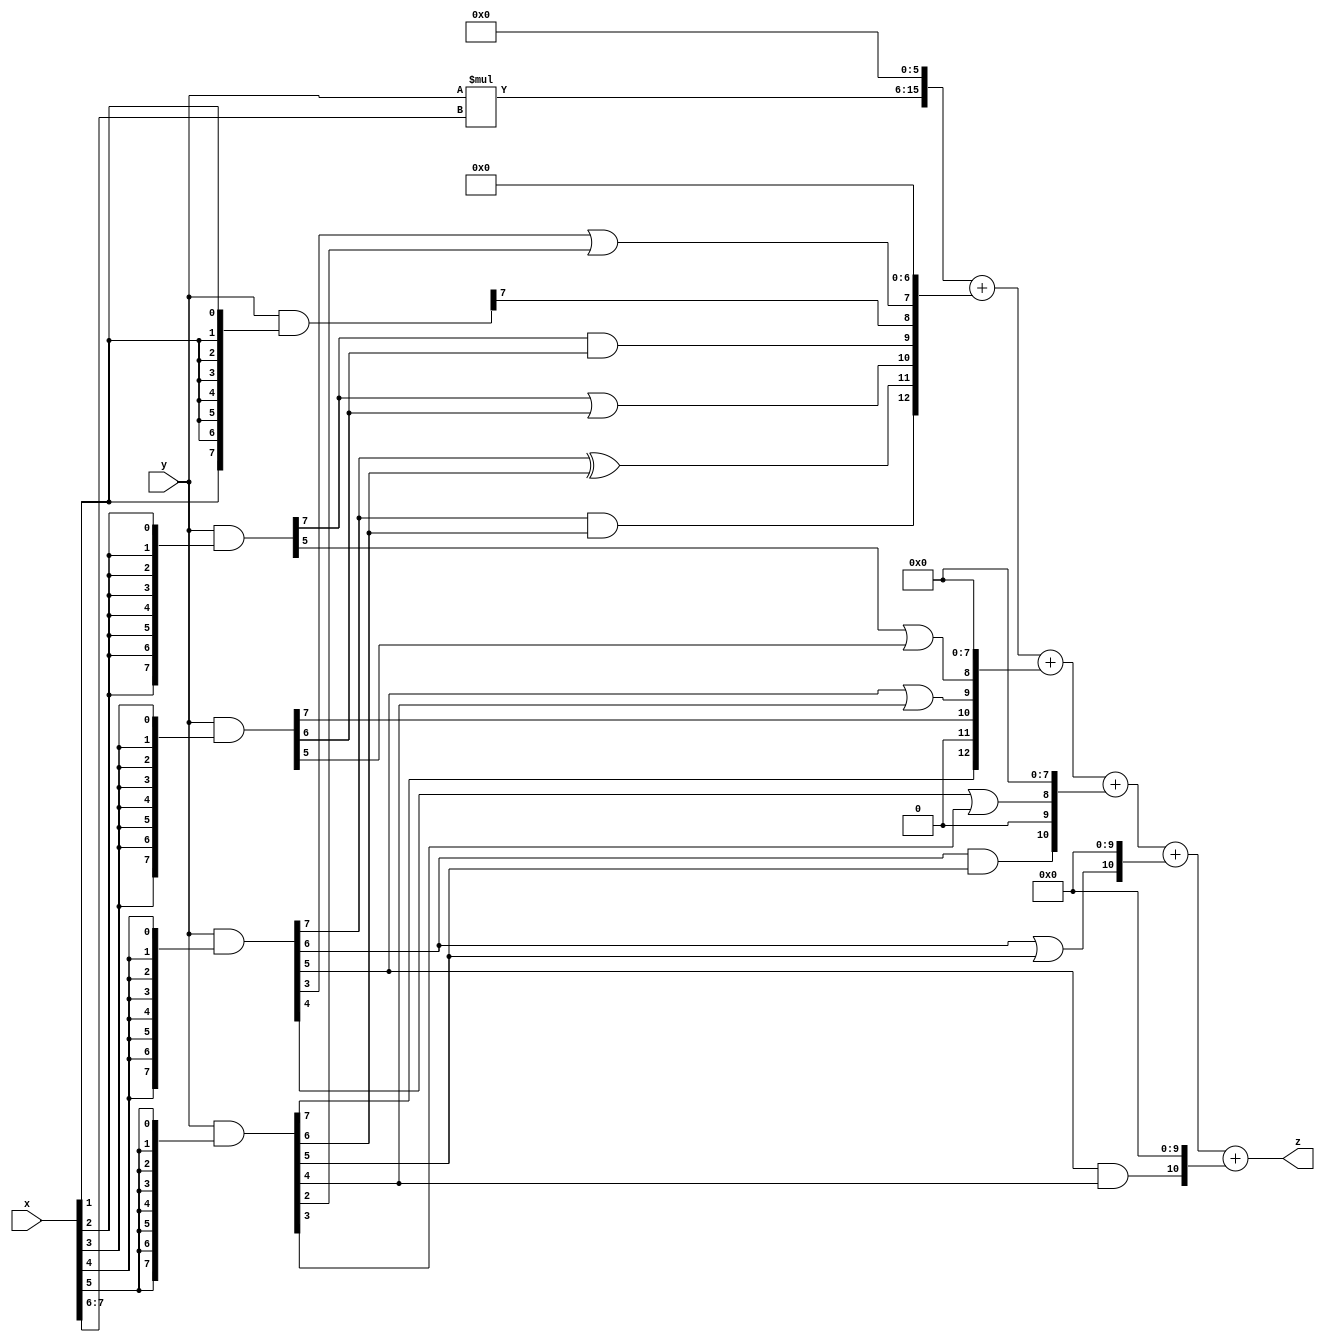
// terms: 14
// fval:  369162.25

module unsigned_exchange_8x8_l6_lamb20000_8 (
	input [7:0] x,
	input [7:0] y,
	output [15:0] z
);

wire [7:0] part1 =  y & {8{x[0]}};
wire [7:0] part2 =  y & {8{x[1]}};
wire [7:0] part3 =  y & {8{x[2]}};
wire [7:0] part4 =  y & {8{x[3]}};
wire [7:0] part5 =  y & {8{x[4]}};
wire [7:0] part6 =  y & {8{x[5]}};
wire [7:0] part7 =  y & {8{x[6]}};
wire [7:0] part8 =  y & {8{x[7]}};

wire [12:0] new_part1;
assign new_part1[0] = 0;
assign new_part1[1] = 0;
assign new_part1[2] = 0;
assign new_part1[3] = 0;
assign new_part1[4] = 0;
assign new_part1[5] = 0;
assign new_part1[6] = 0;
assign new_part1[7] = part5[3] | part6[2];
assign new_part1[8] = part2[7];
assign new_part1[9] = part3[7] & part4[6];
assign new_part1[10] = part3[7] | part4[6];
assign new_part1[11] = part5[7] ^ part6[6];
assign new_part1[12] = part5[7] & part6[6];

wire [12:0] new_part2;
assign new_part2[0] = 0;
assign new_part2[1] = 0;
assign new_part2[2] = 0;
assign new_part2[3] = 0;
assign new_part2[4] = 0;
assign new_part2[5] = 0;
assign new_part2[6] = 0;
assign new_part2[7] = 0;
assign new_part2[8] = part3[5] | part4[5];
assign new_part2[9] = part5[5] | part6[4];
assign new_part2[10] = part4[7];
assign new_part2[11] = 0;
assign new_part2[12] = part6[7];

wire [10:0] new_part3;
assign new_part3[0] = 0;
assign new_part3[1] = 0;
assign new_part3[2] = 0;
assign new_part3[3] = 0;
assign new_part3[4] = 0;
assign new_part3[5] = 0;
assign new_part3[6] = 0;
assign new_part3[7] = 0;
assign new_part3[8] = part5[4] | part6[3];
assign new_part3[9] = 0;
assign new_part3[10] = part5[6] & part6[5];

wire [10:0] new_part4;
assign new_part4[0] = 0;
assign new_part4[1] = 0;
assign new_part4[2] = 0;
assign new_part4[3] = 0;
assign new_part4[4] = 0;
assign new_part4[5] = 0;
assign new_part4[6] = 0;
assign new_part4[7] = 0;
assign new_part4[8] = 0;
assign new_part4[9] = 0;
assign new_part4[10] = part5[6] | part6[5];

wire [10:0] new_part5;
assign new_part5[0] = 0;
assign new_part5[1] = 0;
assign new_part5[2] = 0;
assign new_part5[3] = 0;
assign new_part5[4] = 0;
assign new_part5[5] = 0;
assign new_part5[6] = 0;
assign new_part5[7] = 0;
assign new_part5[8] = 0;
assign new_part5[9] = 0;
assign new_part5[10] = part5[5] & part6[4];

wire [9:0] tmp_z = y*x[7:6];

assign z = {tmp_z, 6'd 0} + new_part1 + new_part2 + new_part3 + new_part4 + new_part5;

endmodule